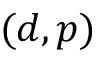
( d , p )